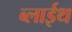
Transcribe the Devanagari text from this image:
ब्लाईथ